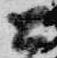
公